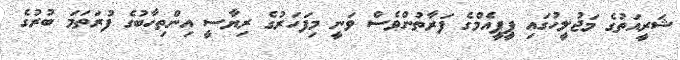
ޝަރީއަތުގެ މަޖުލީހުގައި ޕީޕީއެމްގެ ފަރާތުންވެސް ވަނީ މިފަހަރުގެ ރިޔާސީ އިންތިހާބުގެ ފުރަތަމަ ބުރުގެ